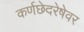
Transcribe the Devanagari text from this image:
कर्णछेदरेषेवर